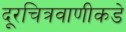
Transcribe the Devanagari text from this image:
दूरचित्रवाणीकडे